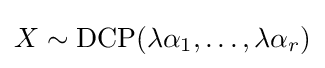
X\sim {\operatorname {DCP} }(\lambda {\alpha _{1}},\ldots ,\lambda {\alpha _{r}})